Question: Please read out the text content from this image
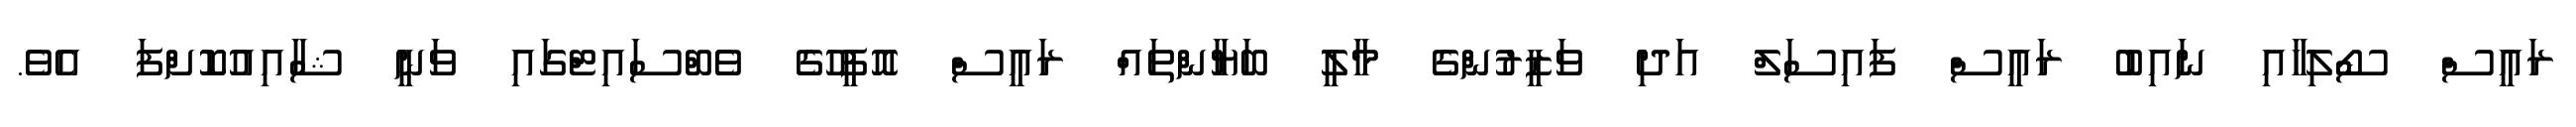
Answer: ރައީސް ސޯލިހާއި ނައިބު ރައީސް ފައިސަލް އަދި ވަޒީރުންގެ މާލީ ބަޔާންތައް ރައީސް އޮފީހުގެ ވެބްސައިޓްގައި ވަނީ ޝާއިއުކޮށްފަ އެވެ.